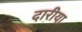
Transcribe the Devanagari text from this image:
दारीया